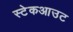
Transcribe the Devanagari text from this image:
स्टेकआउट